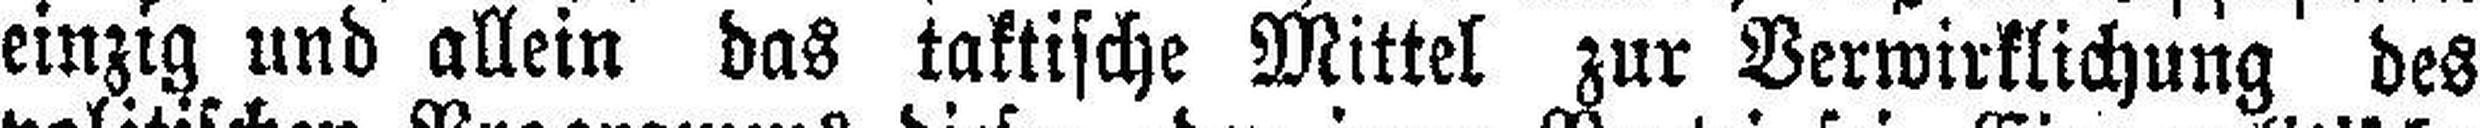
einzig und allein das taktische Mittel zur Verwirklichung des